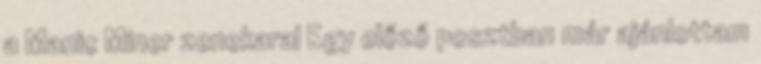
a Manic Miner zenekaral Egy előző posztban már ajánlottam